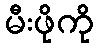
မီးဖိုကို